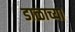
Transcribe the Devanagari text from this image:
डाळाच्या